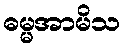
ဓမ္မအာမိသ